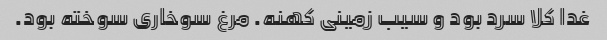
غدا کلا سرد بود و سیب زمینی کهنه. مرغ سوخاری سوخته بود.